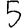
Digit: 5